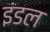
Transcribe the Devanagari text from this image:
इंडल